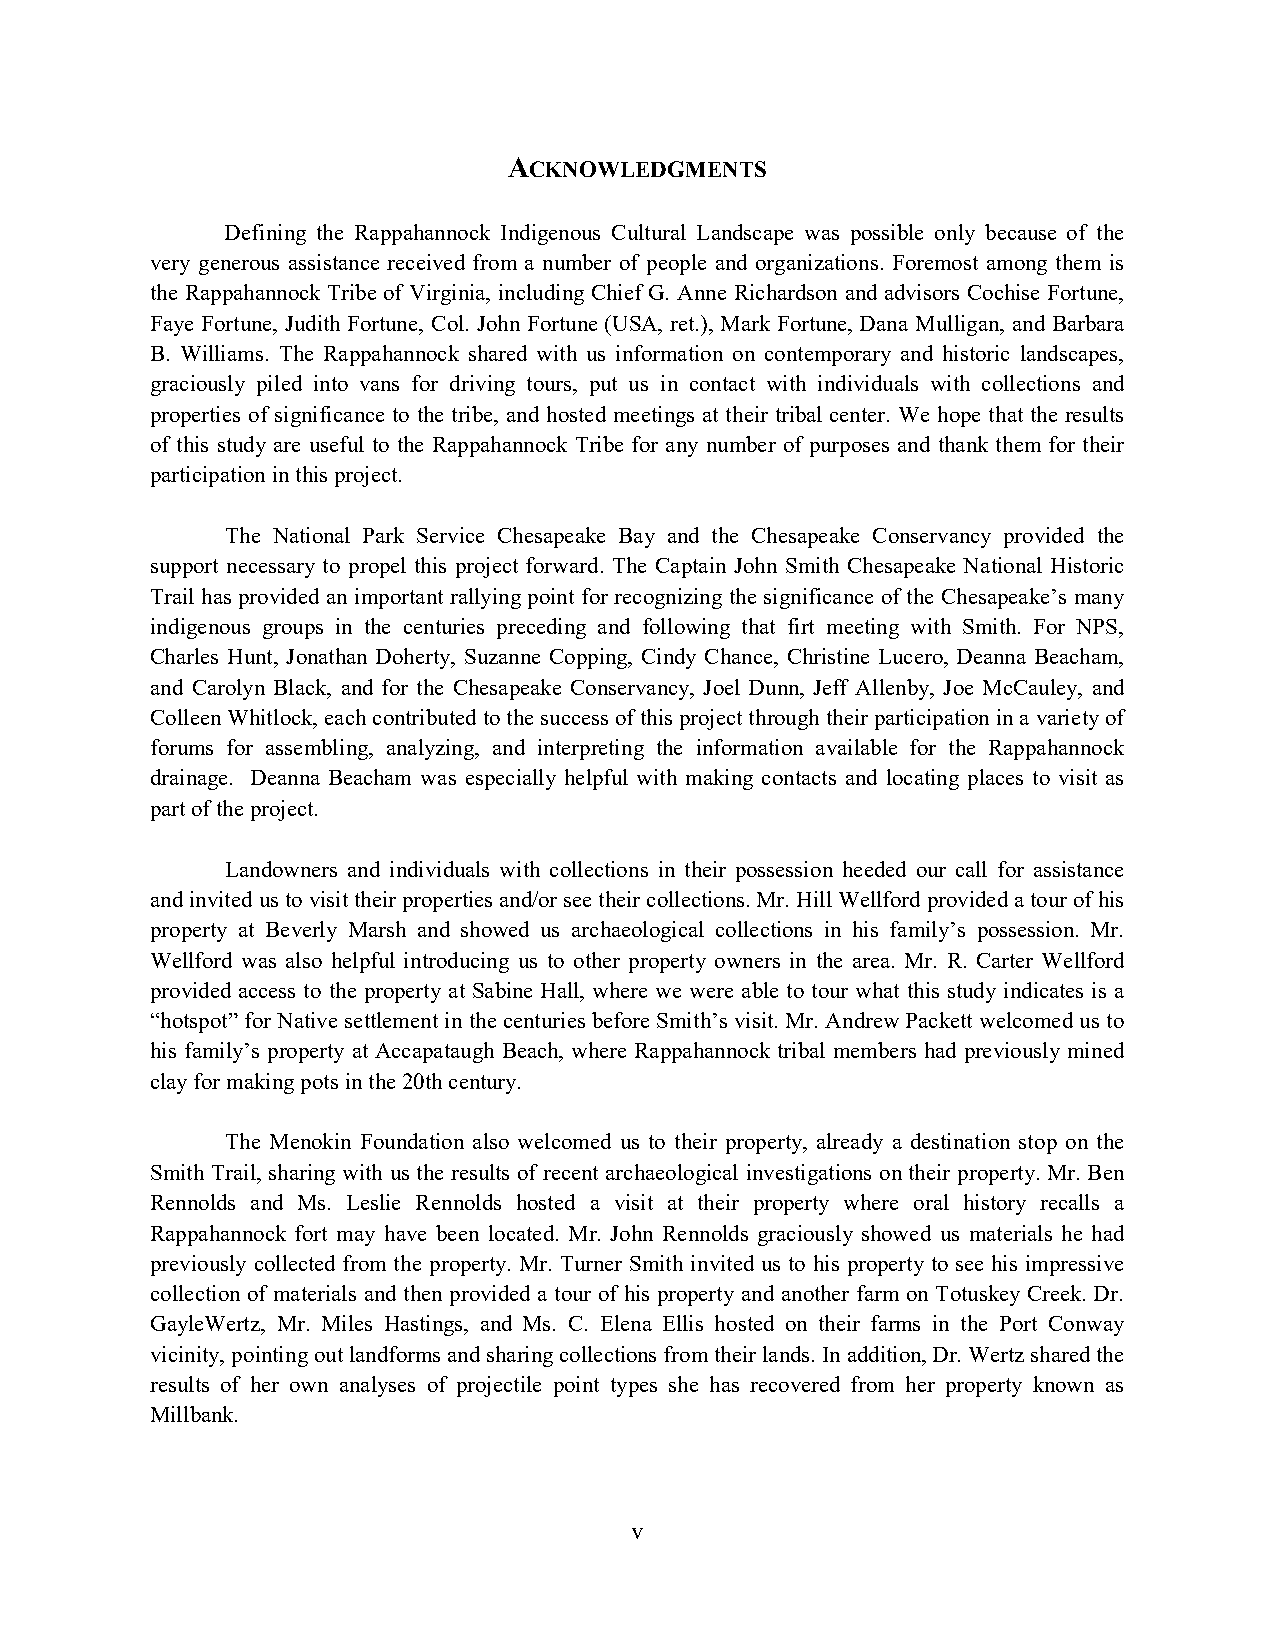
ACKNOWLEDGMENTS
 Defining the Rappahannock Indigenous Cultural Landscape was possible only because of the
 very generous assistance received from a number of people and organizations. Foremost among them is
 the Rappahannock Tribe of Virginia, including Chief G. Anne Richardson and advisors Cochise Fortune,
 Faye Fortune, Judith Fortune, Col. John Fortune (USA, ret.), Mark Fortune, Dana Mulligan, and Barbara
 B. Williams. The Rappahannock shared with us information on contemporary and historic landscapes,
 graciously piled into vans for driving tours, put us in contact with individuals with collections and
 properties of significance to the tribe, and hosted meetings at their tribal center. We hope that the results
 of this study are useful to the Rappahannock Tribe for any number of purposes and thank them for their
 participation in this project.
 The National Park Service Chesapeake Bay and the Chesapeake Conservancy provided the
 support necessary to propel this project forward. The Captain John Smith Chesapeake National Historic
 Trail has provided an important rallying point for recognizing the significance of the Chesapeake’s many
 indigenous groups in the centuries preceding and following that firt meeting with Smith. For NPS,
 Charles Hunt, Jonathan Doherty, Suzanne Copping, Cindy Chance, Christine Lucero, Deanna Beacham,
 and Carolyn Black, and for the Chesapeake Conservancy, Joel Dunn, Jeff Allenby, Joe McCauley, and
 Colleen Whitlock, each contributed to the success of this project through their participation in a variety of
 forums for assembling, analyzing, and interpreting the information available for the Rappahannock
 drainage. Deanna Beacham was especially helpful with making contacts and locating places to visit as
 part of the project.
 Landowners and individuals with collections in their possession heeded our call for assistance
 and invited us to visit their properties and/or see their collections. Mr. Hill Wellford provided a tour of his
 property at Beverly Marsh and showed us archaeological collections in his family’s possession. Mr.
 Wellford was also helpful introducing us to other property owners in the area. Mr. R. Carter Wellford
 provided access to the property at Sabine Hall, where we were able to tour what this study indicates is a
 “hotspot” for Native settlement in the centuries before Smith’s visit. Mr. Andrew Packett welcomed us to
 his family’s property at Accapataugh Beach, where Rappahannock tribal members had previously mined
 clay for making pots in the 20th century.
 The Menokin Foundation also welcomed us to their property, already a destination stop on the
 Smith Trail, sharing with us the results of recent archaeological investigations on their property. Mr. Ben
 Rennolds and Ms. Leslie Rennolds hosted a visit at their property where oral history recalls a
 Rappahannock fort may have been located. Mr. John Rennolds graciously showed us materials he had
 previously collected from the property. Mr. Turner Smith invited us to his property to see his impressive
 collection of materials and then provided a tour of his property and another farm on Totuskey Creek. Dr.
 GayleWertz, Mr. Miles Hastings, and Ms. C. Elena Ellis hosted on their farms in the Port Conway
 vicinity, pointing out landforms and sharing collections from their lands. In addition, Dr. Wertz shared the
 results of her own analyses of projectile point types she has recovered from her property known as
 Millbank.
 v